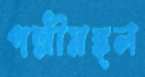
পল্লীমঙ্গল